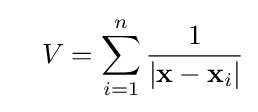
\quad V=\sum _{i=1}^{n}{\frac {1}{|\mathbf {x} -\mathbf {x} _{i}|}}